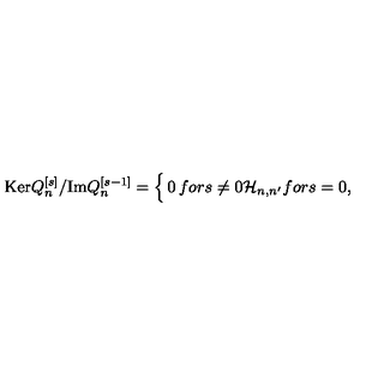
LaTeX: \mathrm { K e r } Q _ { n } ^ { [ s ] } / \mathrm { I m } Q _ { n } ^ { [ s - 1 ] } = \Bigl \lbrace \begin{matrix} { 0 } & { f o r } & { s \not = 0 } \\ { { \cal H } _ { n , n ^ { \prime } } } & { f o r } & { s = 0 } \\ \end{matrix} ,